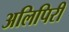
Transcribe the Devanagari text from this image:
अलिपिरी